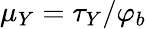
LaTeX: \mu_{Y}=\tau_{Y}/\varphi_{b}